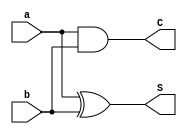
module half_adder(input a,b,output S,C);

	xor(S,a,b);	
	and(C,a,b);

endmodule


module full_adder(input A,B,Cin,output SUM,CARRY);

	wire W1,W2,W3;

	half_adder U1 (A,B,W1,W2);
	half_adder U2 (W1,Cin,SUM,W3);
	or(CARRY,W2,W3);

endmodule


module CIR(input [2:0] N,output reg Q1,Q0, R0,R1);


	always @(*)
	 begin

		case(N)
		3'b000:begin
				{Q1,Q0}=2'b00;
				end
		3'b001:begin
				{Q1,Q0}=2'b00;
				end
		3'b010:begin
				{Q1,Q0}=2'b00;
				end

		3'b011:begin
				{Q1,Q0}=2'b01;
				end
		3'b100:begin
				{Q1,Q0}=2'b01;
				end
		3'b101:begin
				{Q1,Q0}=2'b01;
				end

		3'b110:begin
				{Q1,Q0}=2'b10;
				end
		3'b111:begin
				{Q1,Q0}=2'b10;
				end
				
		default:begin
			{Q1,Q0}=2'b00;
			end
		endcase 


	  case(N)
		3'b010:begin
				R1=1'b1;
				R0=1'b0;
				end
		 3'b101:begin
				R1=1'b1;
				R0=1'b0;
				end
		 3'b001:begin
				R0=1'b1;
				R1=1'b0;
				end
		 3'b100:begin
				R0=1'b1;
				R1=1'b0;
				end
		 3'b111:begin
				R0=1'b1;
				R1=1'b0;
				end
		default:begin
					R1=1'b0;
					R0=1'b0;
				 end
		endcase 

		end

endmodule


module bit_adder_3(
	input [2:0] An, 
	input [2:0] Bn,
	input Cin,
	output [2:0] SUM,
	output Carry
);

	wire C0,C1;

	full_adder adder1(An[0],Bn[0],Cin,SUM[0],C0);
	full_adder adder2(An[1],Bn[1],C0,SUM[1],C1);
	full_adder adder3(An[2],Bn[2],C1,SUM[2],Carry);

endmodule 


module multiplier_out(input Q1,Q0,output [2:0] M);


	assign M = {Q1,Q0} * 2'b11;
/*
always @(*)
 begin
  case({Q1,Q0})
   2'b00:begin
			M=3'b000;
	      end
	 2'b01:begin
			M=3'b011;
	      end
	 2'b10:begin
			M=3'b110;
	      end
	default:begin
				M=3'b000;
			 end
   endcase 
 end
*/

endmodule



module TOP22(input [2:0] N,output [2:0] Y);

	wire Q1,Q0,R0,R1,Carry;
	wire [2:0] M;

	CIR b1(N,Q1,Q0,R0,R1);
	multiplier_out b3(Q1,Q0,M);

	bit_adder_3 b2({1'b0,R1,R0}, M,1'b0,Y,Carry);

endmodule